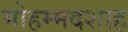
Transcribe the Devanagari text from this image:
मोहम्मदशाह